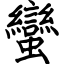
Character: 蠻